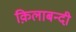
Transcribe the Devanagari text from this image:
क़िलाबन्दी